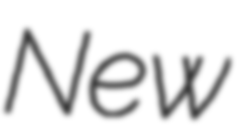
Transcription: New